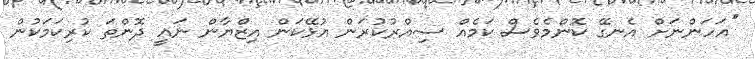
''އަހަންނަށް އެނގޭ ކޮންމެވެސް ކަމެއް ސިއްރުކުރަން އުޅޭކަން އިޒްޔާން ނައީ ދޮންތަ ކުރިކަމަކުން